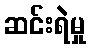
ဆင်းရဲမှု